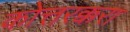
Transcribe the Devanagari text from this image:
कोत्तरक्करा